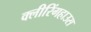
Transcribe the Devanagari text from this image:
क्लीरिंगहाउस